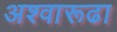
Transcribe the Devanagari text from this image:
अश्वारूढा